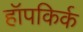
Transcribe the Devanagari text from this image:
हॉपकिर्क